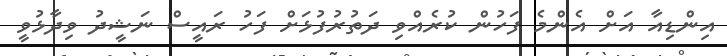
އިންޑިއާ އަށް އެންމެ ފަހުން ކުރެއްވި ދަތުރުފުޅަށް ފަހު ރައީސް ނަޝީދު ވިދާޅުވީ